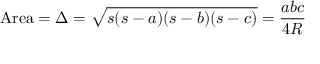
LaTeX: { \mathrm { A r e a } } = \Delta = { \sqrt { s ( s - a ) ( s - b ) ( s - c ) } } = { \frac { a b c } { 4 R } }